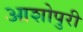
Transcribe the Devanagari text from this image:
आशोपुरी